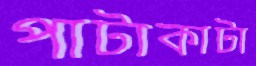
পাটাকাটা